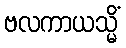
ဗလကာယသ္မိံ